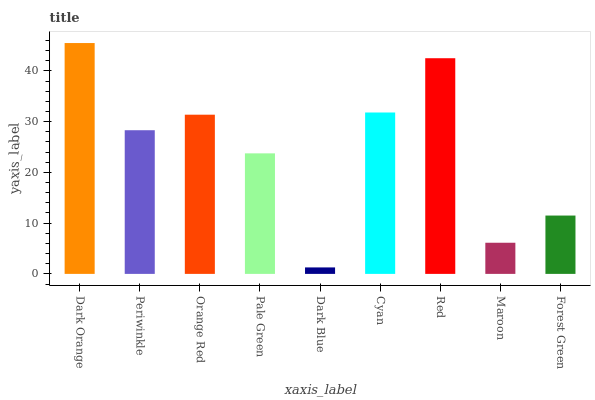
| xaxis_label | bars |
 | --- | --- |
 | Dark Orange | 45.5 |
 | Periwinkle | 28.3 |
 | Orange Red | 31.4 |
 | Pale Green | 23.8 |
 | Dark Blue | 1.28 |
 | Cyan | 31.8 |
 | Red | 42.5 |
 | Maroon | 6.14 |
 | Forest Green | 11.5 |